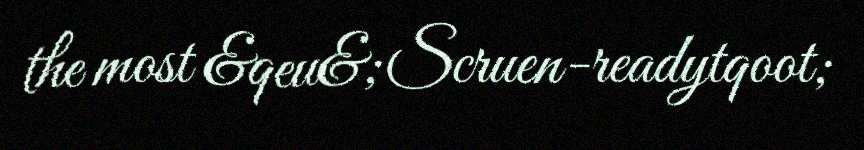
the most &qeu&;Scruen-readytqoot;